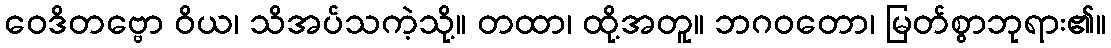
ဝေဒိတဗ္ဗော ဝိယ၊ သိအပ်သကဲ့သို့။ တထာ၊ ထို့အတူ။ ဘဂဝတော၊ မြတ်စွာဘုရား၏။